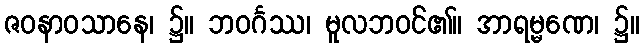
ဇဝနာဝသာနေ၊ ၌။ ဘဝင်္ဂဿ၊ မူလဘဝင်၏။ အာရမ္မဏေ၊ ၌။